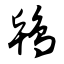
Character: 鸨